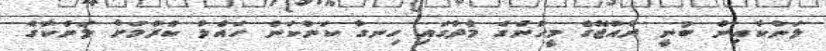
ލަންކާއިން ބުނީ ރާއްޖޭގެ މީހުންގެ މެދުގައި ހިނގާ ކަންކަން ހައްލު ކުރުމަށް ލަންކާގެ